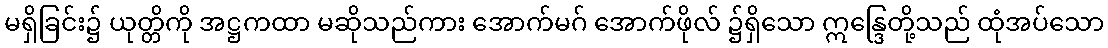
မရှိခြင်း၌ ယုတ္တိကို အဋ္ဌကထာ မဆိုသည်ကား အောက်မဂ် အောက်ဖိုလ် ၌ရှိသော ဣန္ဒြေတို့သည် ထုံအပ်သော